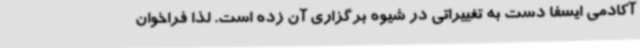
آکادمی ایسفا دست به تغییراتی در شیوه برگزاری آن زده است. لذا فراخوان